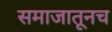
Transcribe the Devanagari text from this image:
समाजातूनच